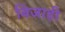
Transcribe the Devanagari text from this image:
बिजाही